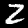
Digit: 2